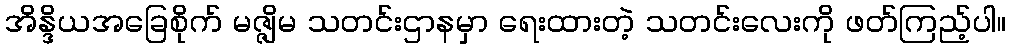
အိန္ဒိယအခြေစိုက် မဇ္ဇျိမ သတင်းဌာနမှာ ရေးထားတဲ့ သတင်းလေးကို ဖတ်ကြည့်ပါ။